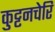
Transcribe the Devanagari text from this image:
कुट्टनचेरि